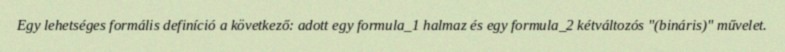
Egy lehetséges formális definíció a következő: adott egy formula_1 halmaz és egy formula_2 kétváltozós "(bináris)" művelet.